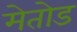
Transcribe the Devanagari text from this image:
मेतोड